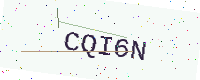
Text: CQI6N